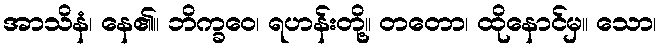
အာသိနံ၊ နေ၏။ ဘိက္ခဝေ၊ ရဟန်းတို့။ တတော၊ ထိုနောင်မှ။ သော၊